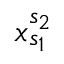
x _ { s _ { 1 } } ^ { s _ { 2 } }